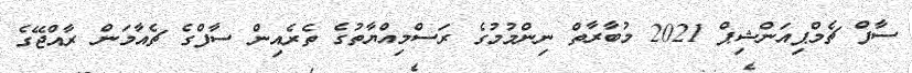
ސާފް ޗެމްޕިއަންޝިޕް 2021 މުބާރާތް ނިންމުމުގެ ރަސްމިއްޔާތުގެ ތެރެއިން ސާފްގެ ޗެއާމަން ރާއްޖޭގެ